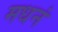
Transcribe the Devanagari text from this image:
मधनं